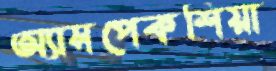
অ্যাসপেকশিয়া